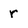
Character: r